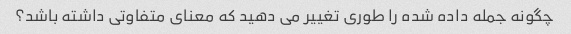
چگونه جمله داده شده را طوری تغییر می دهید که معنای متفاوتی داشته باشد؟